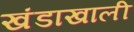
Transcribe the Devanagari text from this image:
खंडाखाली